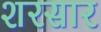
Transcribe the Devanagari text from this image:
शरसार